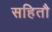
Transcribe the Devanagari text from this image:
सहितौ